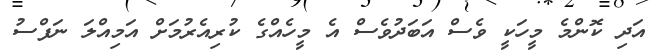
އަދި ކޮންމެ މީހަކީ ވެސް އަބަދުވެސް އެ މީހެއްގެ ކުރިއެރުމަަށް އަމިއްލަ ނަފްސު